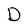
Character: D